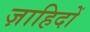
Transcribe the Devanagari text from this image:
ज़ाहिदों